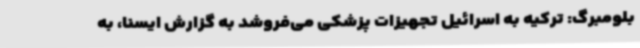
بلومبرگ: ترکیه به اسرائیل تجهیزات پزشکی می‌فروشد به گزارش ایسنا، به